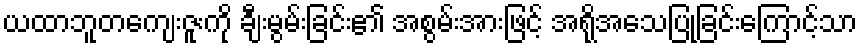
ယထာဘူတကျေးဇူးကို ချီးမွမ်းခြင်း၏ အစွမ်းအားဖြင့် အရိုအသေပြုခြင်းကြောင့်သာ